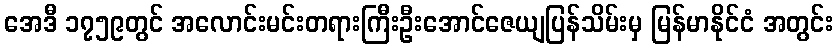
အေဒီ ၁၇၅၉တွင် အလောင်းမင်းတရားကြီးဦးအောင်ဇေယျပြန်သိမ်းမှ မြန်မာနိုင်ငံ အတွင်း